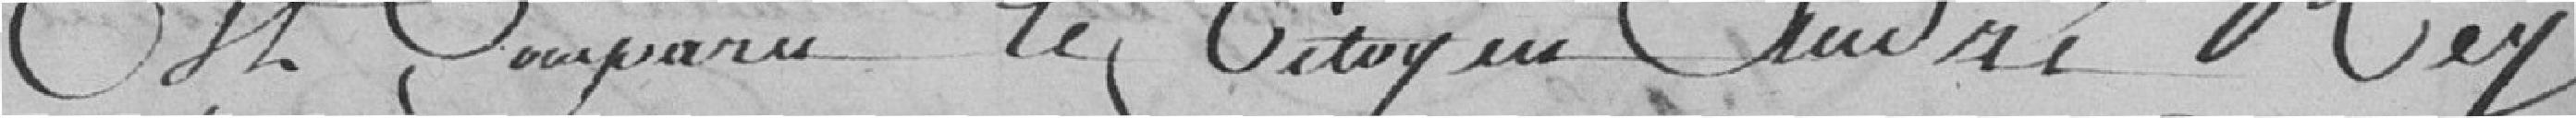
Est comparu le citoyen André Rey